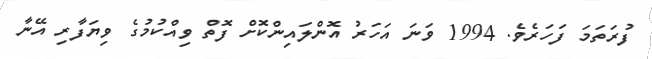
ފުރަތަމަ ފަހަރެވެ. 1994 ވަނަ އަހަރު އޮންލައިންކޮށް ފޮތް ވިއްކުމުގެ ވިޔަފާރި އޭނާ